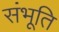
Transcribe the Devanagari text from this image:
संभूति